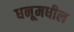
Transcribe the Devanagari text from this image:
धनूमधील